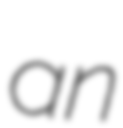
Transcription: an